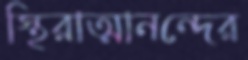
স্থিরাত্মানন্দের